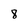
Character: 8